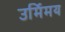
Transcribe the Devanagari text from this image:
उर्मिमय